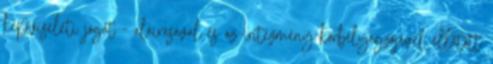
képviseleti jogát - aláírásával és az intézmény körbélyegzőjével ellátott